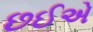
છઈએ